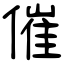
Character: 催